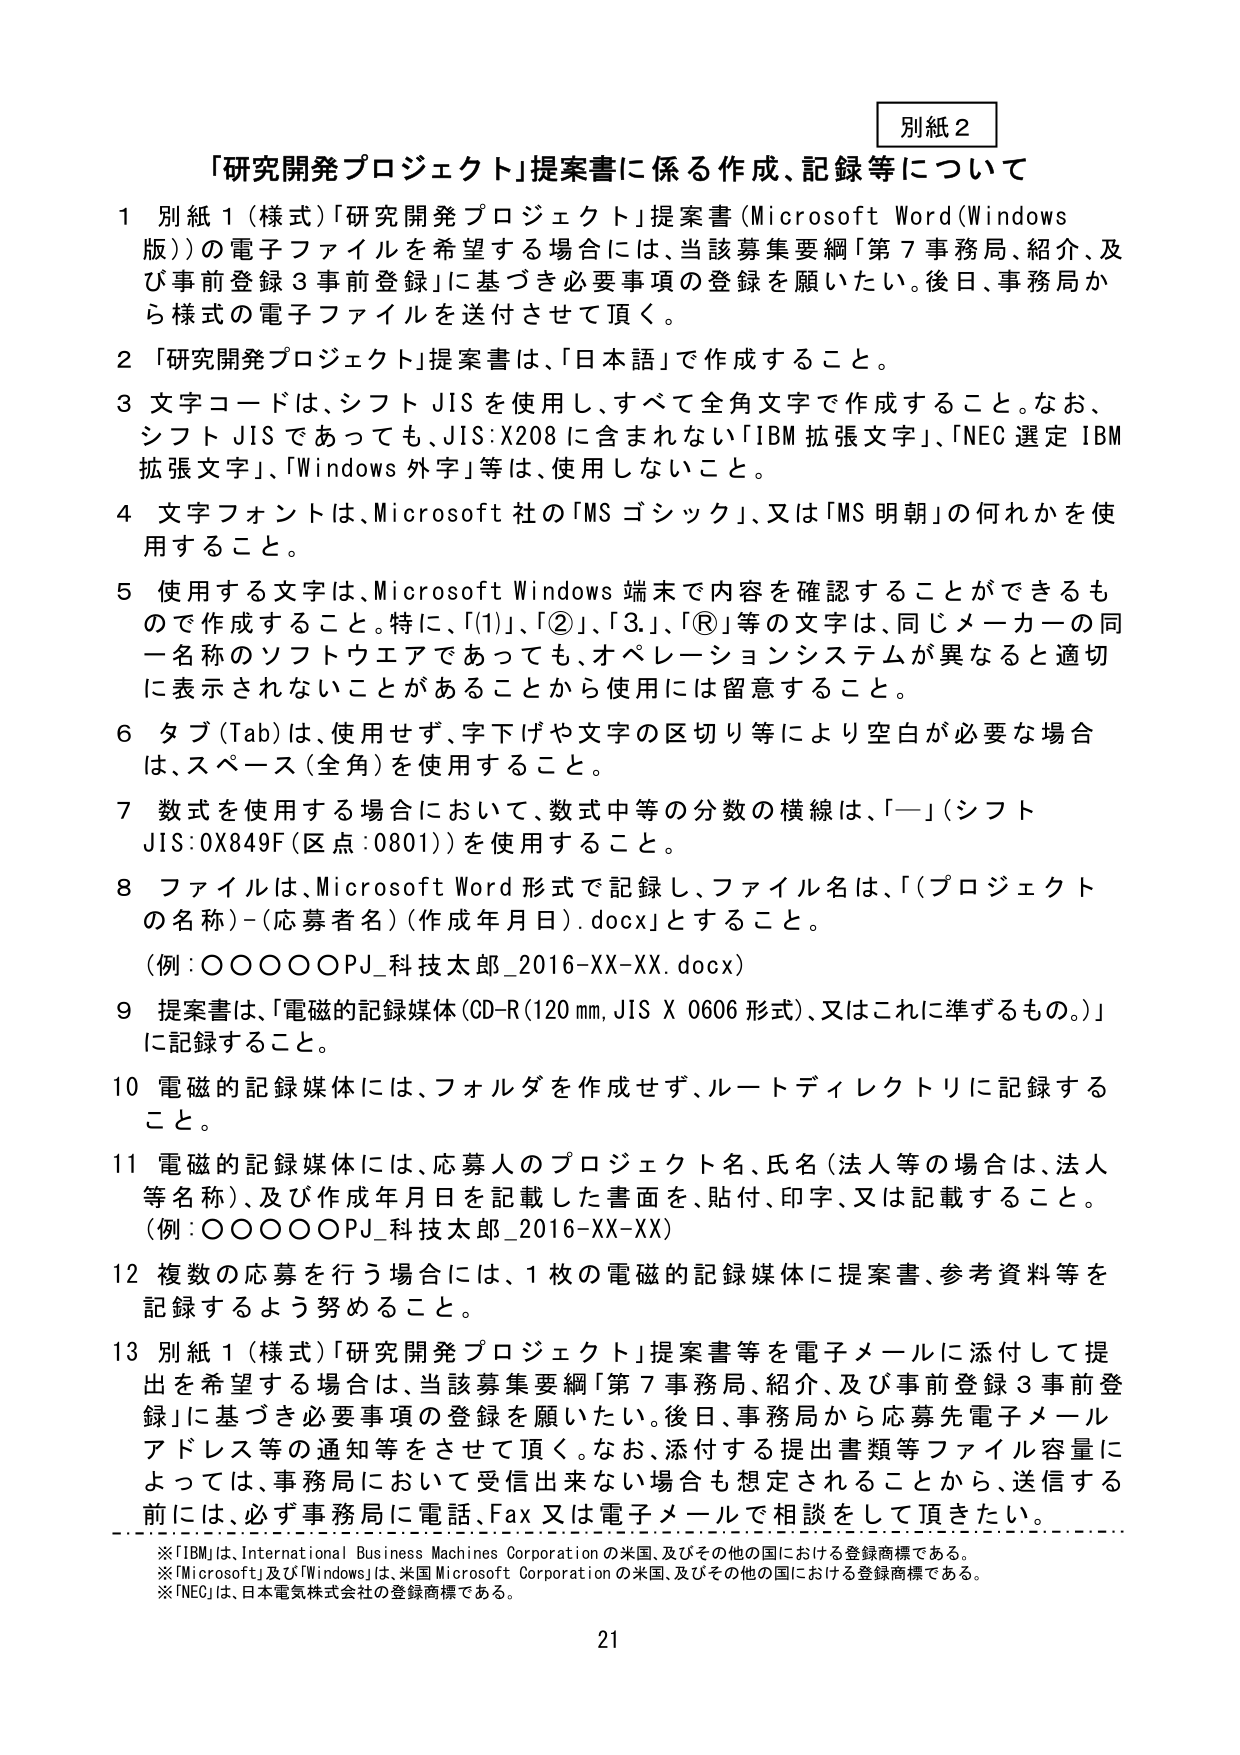
別紙２

「研究開発プロジェクト」提案書に係る作成、記録等について

１ 別紙１（様式）「研究開発プロジェクト」提案書（Microsoft Word（Windows版））の電子ファイルを希望する場合には、当該募集要綱「第７事務局、紹介、及び事前登録３事前登録」に基づき必要事項の登録を願いたい。後日、事務局から様式の電子ファイルを送付させて頂く。

２ 「研究開発プロジェクト」提案書は、「日本語」で作成すること。

３ 文字コードは、シフトＪＩＳを使用し、すべて全角文字で作成すること。なお、シフトＪＩＳであっても、ＪＩＳ：Ｘ２０８に含まれない「ＩＢＭ拡張文字」、「ＮＥＣ選定ＩＢＭ拡張文字」、「Ｗｉｎｄｏｗｓ外字」等は、使用しないこと。

４ 文字フォントは、Ｍｉｃｒｏｓｏｆｔ社の「ＭＳゴシック」、又は「ＭＳ明朝」の何れかを使用すること。

５ 使用する文字は、Ｍｉｃｒｏｓｏｆｔ Ｗｉｎｄｏｗｓ端末で内容を確認することができるもので作成すること。特に、「（１）」、「②」、「３．」、「®」等の文字は、同じメーカーの同一名称のソフトウエアであっても、オペレーションシステムが異なると適切に表示されないことがあることから使用には留意すること。

６ タブ（Ｔａｂ）は、使用せず、字下げや文字の区切り等により空白が必要な場合は、スペース（全角）を使用すること。

７ 数式を使用する場合において、数式中等の分数の横線は、「ー」（シフトＪＩＳ：０Ｘ８４９Ｆ（区点：０８０１））を使用すること。

８ ファイルは、Ｍｉｃｒｏｓｏｆｔ Ｗｏｒｄ形式で記録し、ファイル名は、「（プロジェクトの名称）－（応募者名）（作成年月日）．ｄｏｃｘ」とすること。
（例：○○○○○ＰＪ_科技太郎_２０１６－ＸＸ－ＸＸ．ｄｏｃｘ）

９ 提案書は、「電磁的記録媒体（ＣＤ－Ｒ（１２０ｍｍ、ＪＩＳ Ｘ ０６０６形式）、又はこれに準ずるもの。）」に記録すること。

１０ 電磁的記録媒体には、フォルダを作成せず、ルートディレクトリに記録すること。

１１ 電磁的記録媒体には、応募人のプロジェクト名、氏名（法人等の場合は、法人等名称）、及び作成年月日を記載した書面を、貼付、印字、又は記載すること。
（例：○○○○○ＰＪ_科技太郎_２０１６－ＸＸ－ＸＸ）

１２ 複数の応募を行う場合には、１枚の電磁的記録媒体に提案書、参考資料等を記録するよう努めること。

１３ 別紙１（様式）「研究開発プロジェクト」提案書等を電子メールに添付して提出を希望する場合は、当該募集要綱「第７事務局、紹介、及び事前登録３事前登録」に基づき必要事項の登録を願いたい。後日、事務局から応募先電子メールアドレス等の通知等をさせて頂く。なお、添付する提出書類等ファイル容量によっては、事務局において受信出来ない場合も想定されることから、送信する前には、必ず事務局に電話、Ｆａｘ又は電子メールで相談をして頂きたい。

※「ＩＢＭ」は、Ｉｎｔｅｒｎａｔｉｏｎａｌ Ｂｕｓｉｎｅｓｓ Ｍａｃｈｉｎｅｓ Ｃｏｒｐｏｒａｔｉｏｎの米国、及びその他の国における登録商標である。
※「Ｍｉｃｒｏｓｏｆｔ」及び「Ｗｉｎｄｏｗｓ」は、米国 Ｍｉｃｒｏｓｏｆｔ Ｃｏｒｐｏｒａｔｉｏｎの米国、及びその他の国における登録商標である。
※「ＮＥＣ」は、日本電気株式会社の登録商標である。

２１